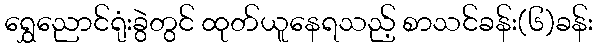
ရွှေညောင်ရုံးခွဲတွင် ထုတ်ယူနေရသည့် စာသင်ခန်း(၆)ခန်း